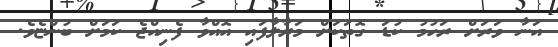
އަނާ ވަރަށް ރަހުމު ކުޑަ ގޮތަކަށް މަރާލާފައި އޮއްވާ ފެނިއްޖެ ކަމަށް ބުންޏެވެ.